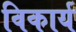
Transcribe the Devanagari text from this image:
विकार्य